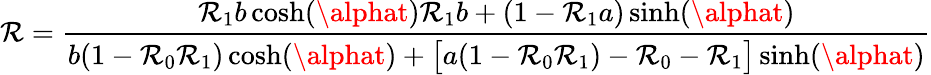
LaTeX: \mathcal{R}=\frac{{\mathcal{R}_{1}b\cosh(\alphat)\mathcal{R}_{1}b+(1-\mathcal{R}_{1}a)\sinh(\alphat)}}{{b(1-\mathcal{R}_{0}\mathcal{R}_{1})\cosh(\alphat)+\big[a(1-\mathcal{R}_{0}\mathcal{R}_{1})-\mathcal{R}_{0}-\mathcal{R}_{1}\big]\sinh(\alphat)}}